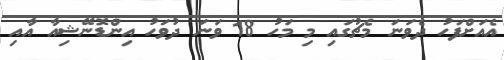
އެއަށްފަހު ދެވަނަ މެޗުގައި މި މަހު 18 ވަަނަ ދުވަހު އިންޑޮނޭޝިއާ އާއި